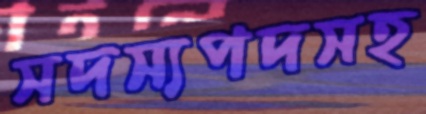
সদস্যপদসহ